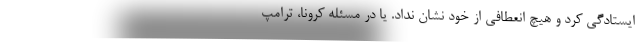
ایستادگی کرد و هیچ انعطافی از خود نشان نداد. یا در مسئله کرونا، ترامپ